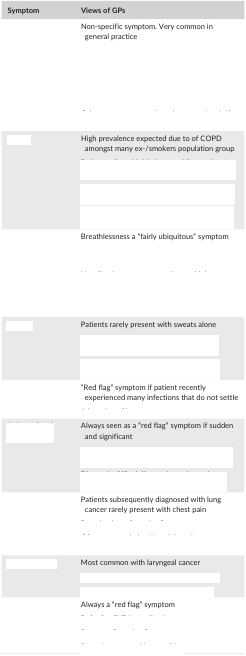
<table><thead><tr><td><b>Symptom</b></td><td><b>Views of GPs</b></td></tr></thead><tbody><tr><td rowspan="5">[EMPTY_CELL]</td><td>Non‐specific symptom. Very common in general practice</td></tr><tr><td>[EMPTY_CELL]</td></tr><tr><td>[EMPTY_CELL]</td></tr><tr><td>[EMPTY_CELL]</td></tr><tr><td>[EMPTY_CELL]</td></tr><tr><td rowspan="4">[EMPTY_CELL]</td><td>High prevalence expected due to of COPD amongst many ex‐/smokers population group</td></tr><tr><td>[EMPTY_CELL]</td></tr><tr><td>[EMPTY_CELL]</td></tr><tr><td>[EMPTY_CELL]</td></tr><tr><td rowspan="4">[EMPTY_CELL]</td><td>Breathlessness a “fairly ubiquitous” symptom</td></tr><tr><td>[EMPTY_CELL]</td></tr><tr><td>[EMPTY_CELL]</td></tr><tr><td>[EMPTY_CELL]</td></tr><tr><td rowspan="3">[EMPTY_CELL]</td><td>Patients rarely present with sweats alone</td></tr><tr><td>[EMPTY_CELL]</td></tr><tr><td>[EMPTY_CELL]</td></tr><tr><td rowspan="2">[EMPTY_CELL]</td><td>“Red flag” symptom if patient recently experienced many infections that do not settle</td></tr><tr><td>[EMPTY_CELL]</td></tr><tr><td rowspan="3">[EMPTY_CELL]</td><td>Always seen as a “red flag” symptom if sudden and significant</td></tr><tr><td>[EMPTY_CELL]</td></tr><tr><td>[EMPTY_CELL]</td></tr><tr><td rowspan="3">[EMPTY_CELL]</td><td>Patients subsequently diagnosed with lung cancer rarely present with chest pain</td></tr><tr><td>[EMPTY_CELL]</td></tr><tr><td>[EMPTY_CELL]</td></tr><tr><td rowspan="3">[EMPTY_CELL]</td><td>Most common with laryngeal cancer</td></tr><tr><td>[EMPTY_CELL]</td></tr><tr><td>[EMPTY_CELL]</td></tr><tr><td rowspan="4">[EMPTY_CELL]</td><td>Always a “red flag” symptom</td></tr><tr><td>[EMPTY_CELL]</td></tr><tr><td>[EMPTY_CELL]</td></tr><tr><td>[EMPTY_CELL]</td></tr></tbody></table>